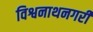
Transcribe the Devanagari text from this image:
विश्वनाथनगरी